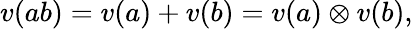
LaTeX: v(ab)=v(a)+v(b)=v(a)\otimes v(b),